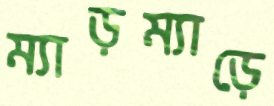
ম্যাড়ম্যাড়ে